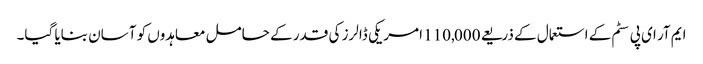
ایم آر ای پی سٹم کے استعمال کے ذریعے 110,000 امریکی ڈالرز کی قدر کے حامل معاہدوں کو آسان بنایا گیا۔